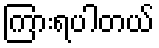
ကြားရပါတယ်